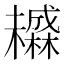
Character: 𬅄